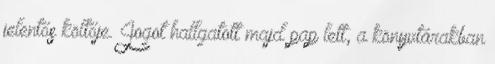
jelentős költője. Jogot hallgatott majd pap lett, a könyvtárakban